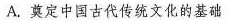
A.奠定中国古代传统文化的基础